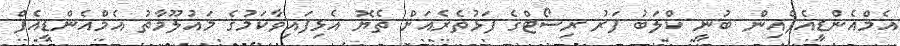
އެމްއެންޑީއެފްއިން ބުނީ ކްލަބު ފަރު ރިސޯޓްގެ ފަޅުތެރެއަށް ތެޔޮ އެޅިފައިވާކަމުގެ މައުލޫމާތު އެމްއެންޑީއެފް